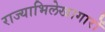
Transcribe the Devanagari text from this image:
राज्याभिलेखागारों